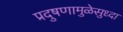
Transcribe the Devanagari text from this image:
प्रदुषणामुळेसुध्दा